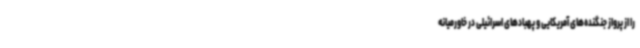
را از پرواز جنگنده‌های آمریکایی و پهبادهای اسرائیلی در خاورمیانه